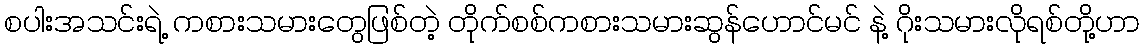
စပါးအသင်းရဲ့ ကစားသမားတွေဖြစ်တဲ့ တိုက်စစ်ကစားသမားဆွန်ဟောင်မင် နဲ့ ဂိုးသမားလိုရစ်တို့ဟာ